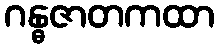
ဂန္ဓဇာတကထာ